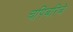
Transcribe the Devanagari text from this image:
चपिबरिबे